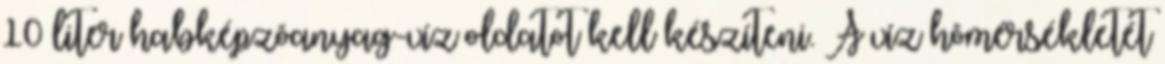
10 liter habképzõanyag-víz oldatot kell készíteni. A víz hõmérsékletét